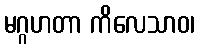
မဂ္ဂဟတာ ကိလေသာဝ၊